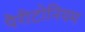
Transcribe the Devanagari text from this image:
पैरीटोनियम